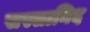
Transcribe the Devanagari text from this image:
सस्सानिद